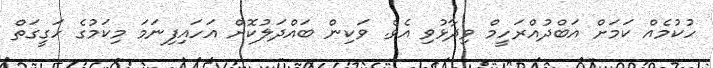
ހުކުމެއް ކަމަށް އަބްދުއްރަހީމް ވިދާޅުވި އެވެ. ވަކިން ބައްދަލުކޮށް އަހައިފިނަމަ މިކަމުގެ ހަގީގަތް